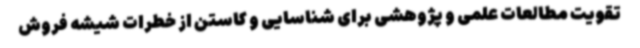
تقویت مطالعات علمی و پژوهشی برای شناسایی و کاستن از خطرات شیشه فروش